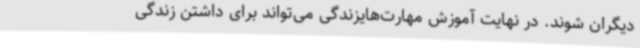
دیگران شوند. در نهایت آموزش مهارت‌هایزندگی می‌تواند برای داشتن زندگی